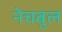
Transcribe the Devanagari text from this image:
नेचबुल